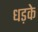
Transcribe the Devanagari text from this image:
धड़के